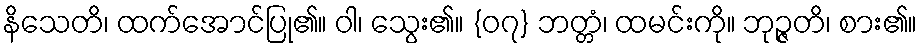
နိသေတိ၊ ထက်အောင်ပြု၏။ ဝါ၊ သွေး၏။ {၀၇} ဘတ္တံ၊ ထမင်းကို။ ဘုဉ္ဇတိ၊ စား၏။